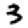
Digit: 3